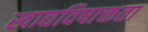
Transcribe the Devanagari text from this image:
खाद्यविषाक्तता